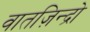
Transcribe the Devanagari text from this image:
वातज़िन्द्रो